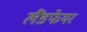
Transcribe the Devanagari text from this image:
लैंडफेयर